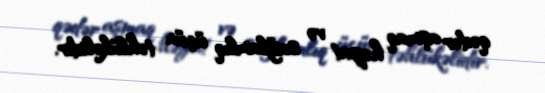
qədər aşmaq həyat və sağlamlıq üçün təhlükəlidir.